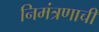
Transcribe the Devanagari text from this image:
निमंत्रणाची